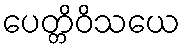
ပေတ္တိဝိသယေ